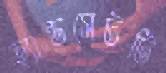
হ্যান্ডসেটটি